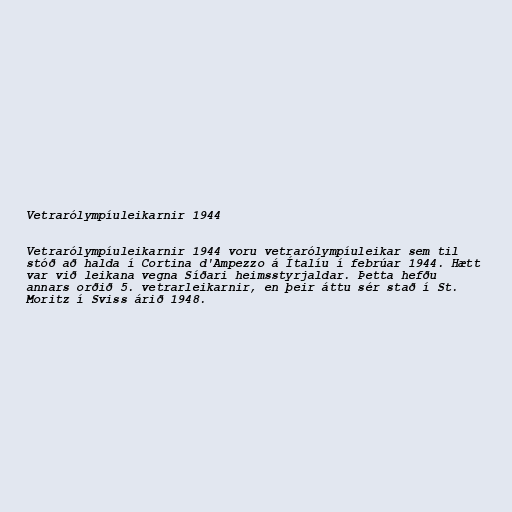
Vetrarólympíuleikarnir 1944

Vetrarólympíuleikarnir 1944 voru vetrarólympíuleikar sem til
stóð að halda í Cortina d'Ampezzo á Ítalíu í febrúar 1944. Hætt
var við leikana vegna Síðari heimsstyrjaldar. Þetta hefðu
annars orðið 5. vetrarleikarnir, en þeir áttu sér stað í St.
Moritz í Sviss árið 1948.